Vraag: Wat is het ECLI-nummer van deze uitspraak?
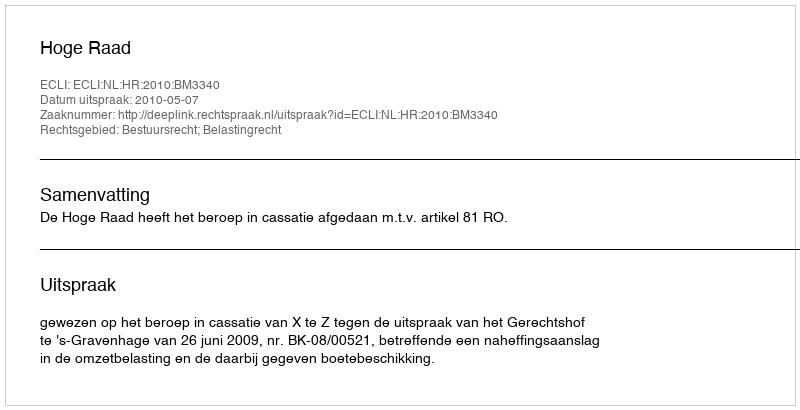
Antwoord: ECLI:NL:HR:2010:BM3340